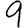
Digit: 9